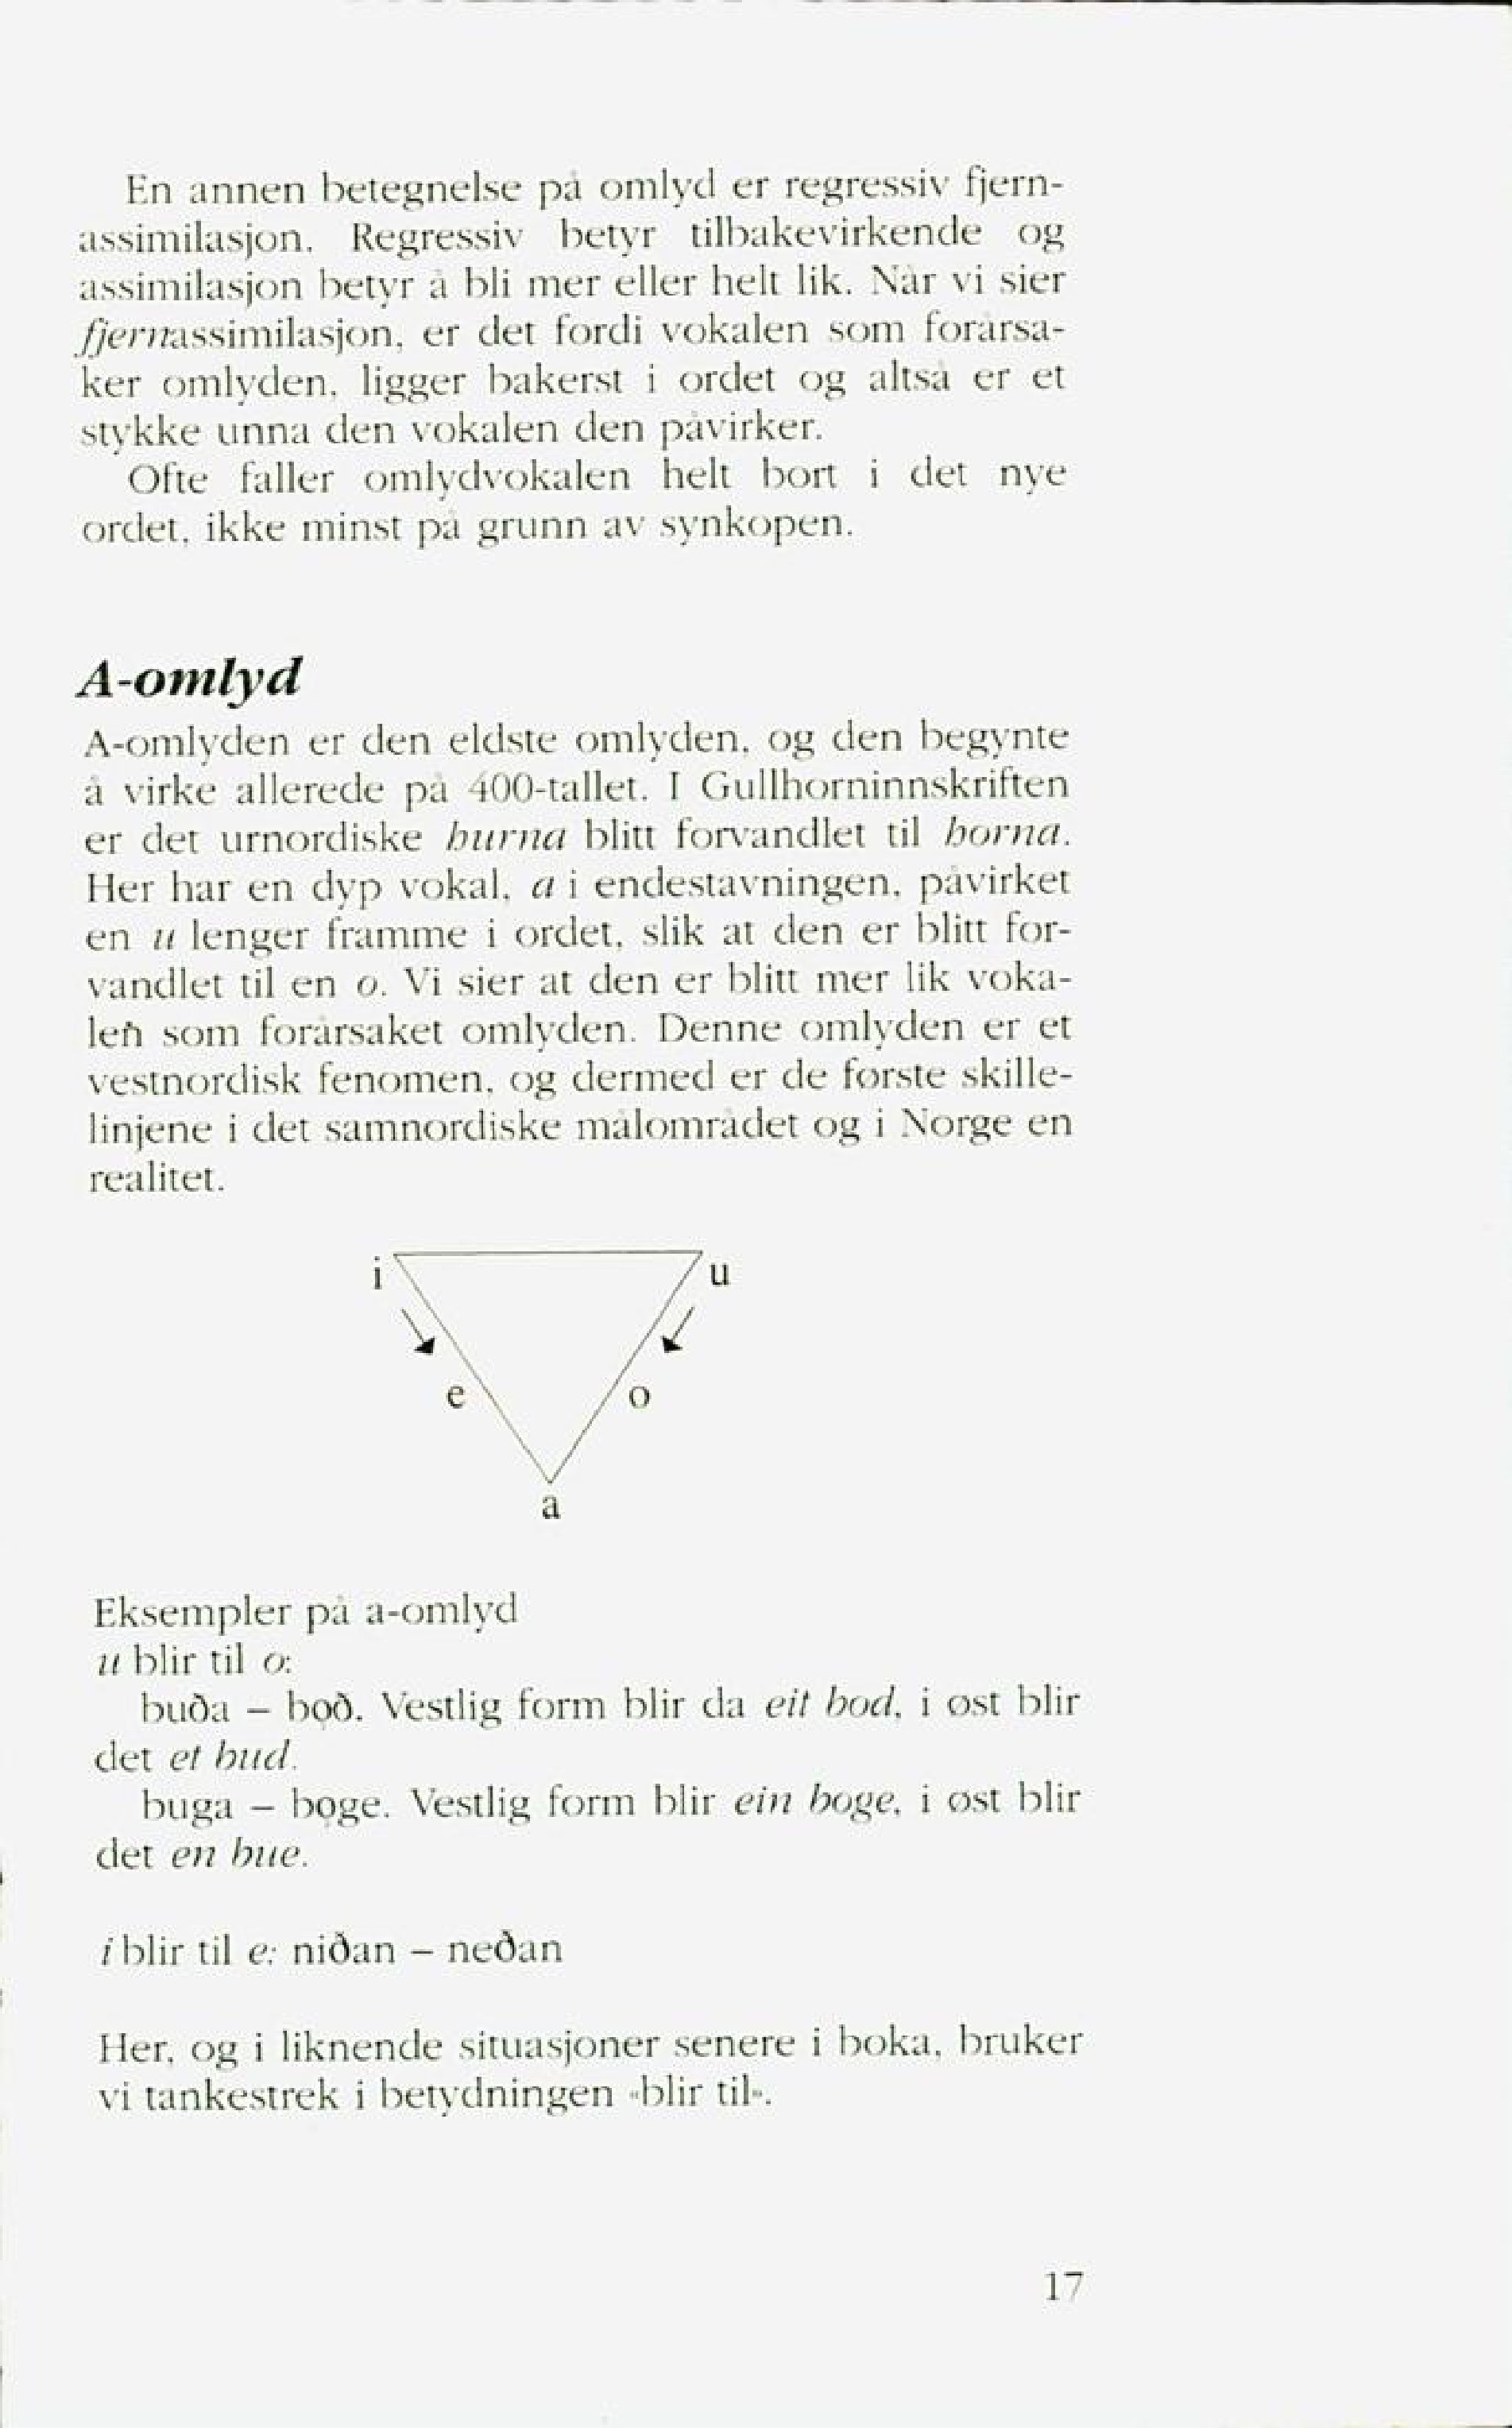
Language: no